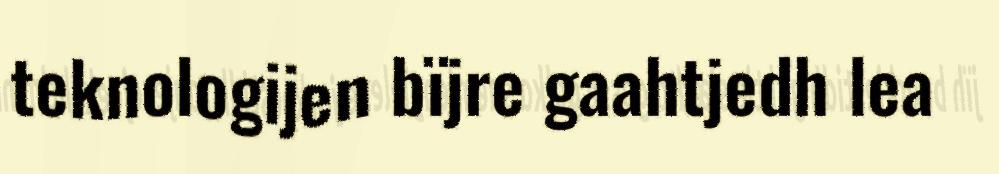
teknologijen bïjre gaahtjedh lea